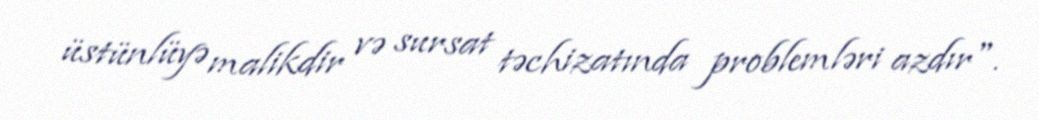
üstünlüyə malikdir və sursat təchizatında problemləri azdır".